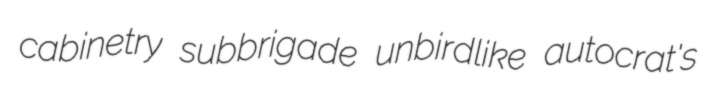
cabinetry subbrigade unbirdlike autocrat's